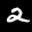
Label: 2